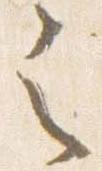
之